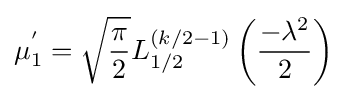
\mu _{1}^{'}={\sqrt {\frac {\pi }{2}}}L_{1/2}^{(k/2-1)}\left({\frac {-\lambda ^{2}}{2}}\right)